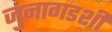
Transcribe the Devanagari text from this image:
जुनागडशी